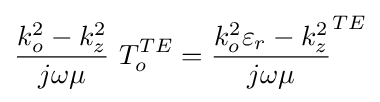
{\frac {k_{o}^{2}-k_{z}^{2}}{j\omega \mu }}\ T_{o}^{TE}={\frac {k_{o}^{2}\varepsilon _{r}-k_{z}^{2}}{j\omega \mu }}^{TE}